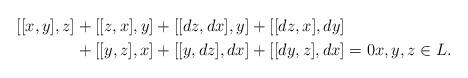
LaTeX: \begin{align*}[[x,y],z] &+ [[z,x],y] + [[dz,dx],y] + [[dz,x],dy] \\ &+ [[y,z],x] + [[y,dz],dx] + [[dy,z],dx] = 0 x,y,z \in L.\end{align*}